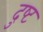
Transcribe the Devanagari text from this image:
दुष्‍ट